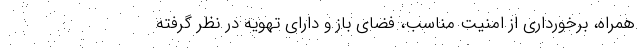
همراه، برخورداری از امنیت مناسب، فضای باز و دارای تهویه در نظر گرفته